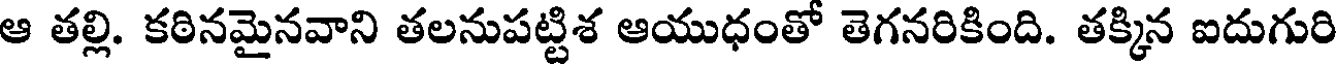
ఆ తల్లి. కఠినమైనవాని తలనుపట్టిశ ఆయుధంతో తెగనరికింది. తక్కిన ఐదుగురి